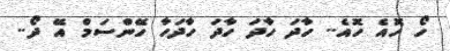
ހޯ ހޮއެ ހޮއެ.. ހާދަ ހާދަ ހާދަ ހާދަހާ ހޭންސަމް އޭ ދޯ..